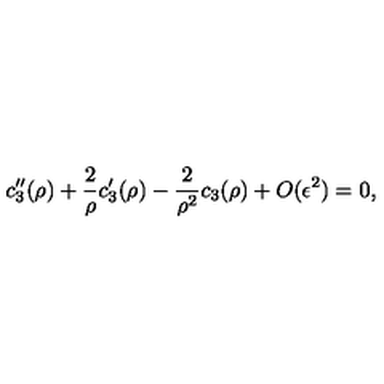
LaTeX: c _ { 3 } ^ { \prime \prime } ( \rho ) + \frac { 2 } { \rho } c _ { 3 } ^ { \prime } ( \rho ) - \frac { 2 } { \rho ^ { 2 } } c _ { 3 } ( \rho ) + O ( \epsilon ^ { 2 } ) = 0 ,